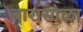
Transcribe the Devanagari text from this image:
बारासोळा